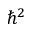
\hbar ^ { 2 }